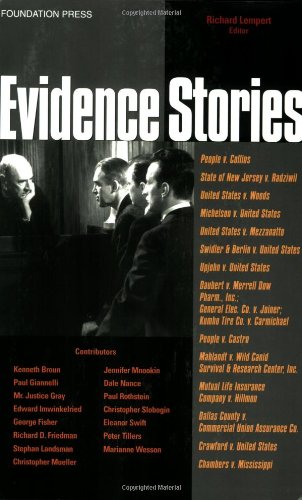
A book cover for Evidence Stories (Law Stories); Richard Lempert; Law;